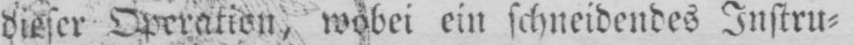
dieser Operation, wobei ein schneidendes Instru⸗